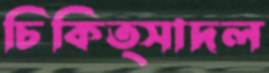
চিকিত্সাদল